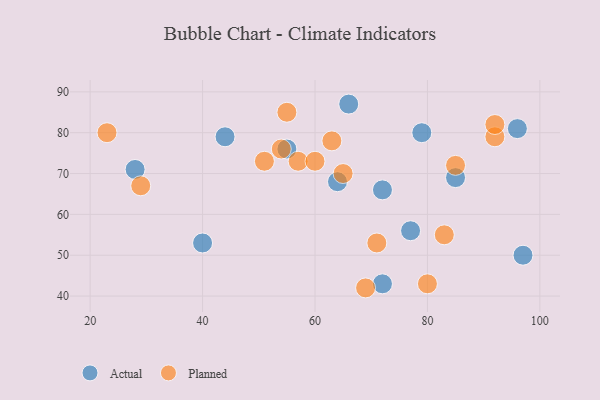
{"axis": {"x": "GDP", "y": "Life Expectancy"}, "legend": ["Actual", "Planned"], "data": [{"x": "72", "y": 43, "type": "Actual"}, {"x": "66", "y": 87, "type": "Actual"}, {"x": "55", "y": 76, "type": "Actual"}, {"x": "77", "y": 56, "type": "Actual"}, {"x": "79", "y": 80, "type": "Actual"}, {"x": "96", "y": 81, "type": "Actual"}, {"x": "72", "y": 66, "type": "Actual"}, {"x": "85", "y": 69, "type": "Actual"}, {"x": "64", "y": 68, "type": "Actual"}, {"x": "40", "y": 53, "type": "Actual"}, {"x": "28", "y": 71, "type": "Actual"}, {"x": "44", "y": 79, "type": "Actual"}, {"x": "97", "y": 50, "type": "Actual"}, {"x": "83", "y": 55, "type": "Planned"}, {"x": "29", "y": 67, "type": "Planned"}, {"x": "57", "y": 73, "type": "Planned"}, {"x": "69", "y": 42, "type": "Planned"}, {"x": "71", "y": 53, "type": "Planned"}, {"x": "51", "y": 73, "type": "Planned"}, {"x": "63", "y": 78, "type": "Planned"}, {"x": "92", "y": 79, "type": "Planned"}, {"x": "85", "y": 72, "type": "Planned"}, {"x": "92", "y": 82, "type": "Planned"}, {"x": "55", "y": 85, "type": "Planned"}, {"x": "54", "y": 76, "type": "Planned"}, {"x": "23", "y": 80, "type": "Planned"}, {"x": "80", "y": 43, "type": "Planned"}, {"x": "60", "y": 73, "type": "Planned"}, {"x": "65", "y": 70, "type": "Planned"}]}